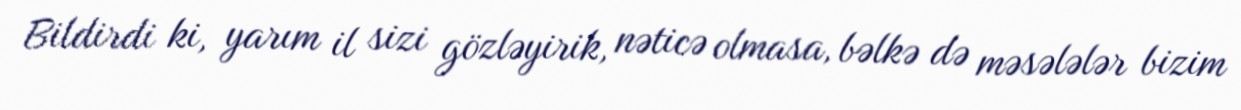
Bildirdi ki, yarım il sizi gözləyirik, nəticə olmasa, bəlkə də məsələlər bizim